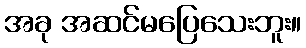
အခု အဆင်မပြေသေးဘူး။